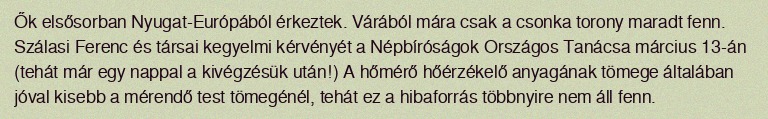
Ők elsősorban Nyugat-Európából érkeztek. Várából mára csak a csonka torony maradt fenn. Szálasi Ferenc és társai kegyelmi kérvényét a Népbíróságok Országos Tanácsa március 13-án (tehát már egy nappal a kivégzésük után!) A hőmérő hőérzékelő anyagának tömege általában jóval kisebb a mérendő test tömegénél, tehát ez a hibaforrás többnyire nem áll fenn.